Tartu_pedagoogiumi_aruanded, lk 11
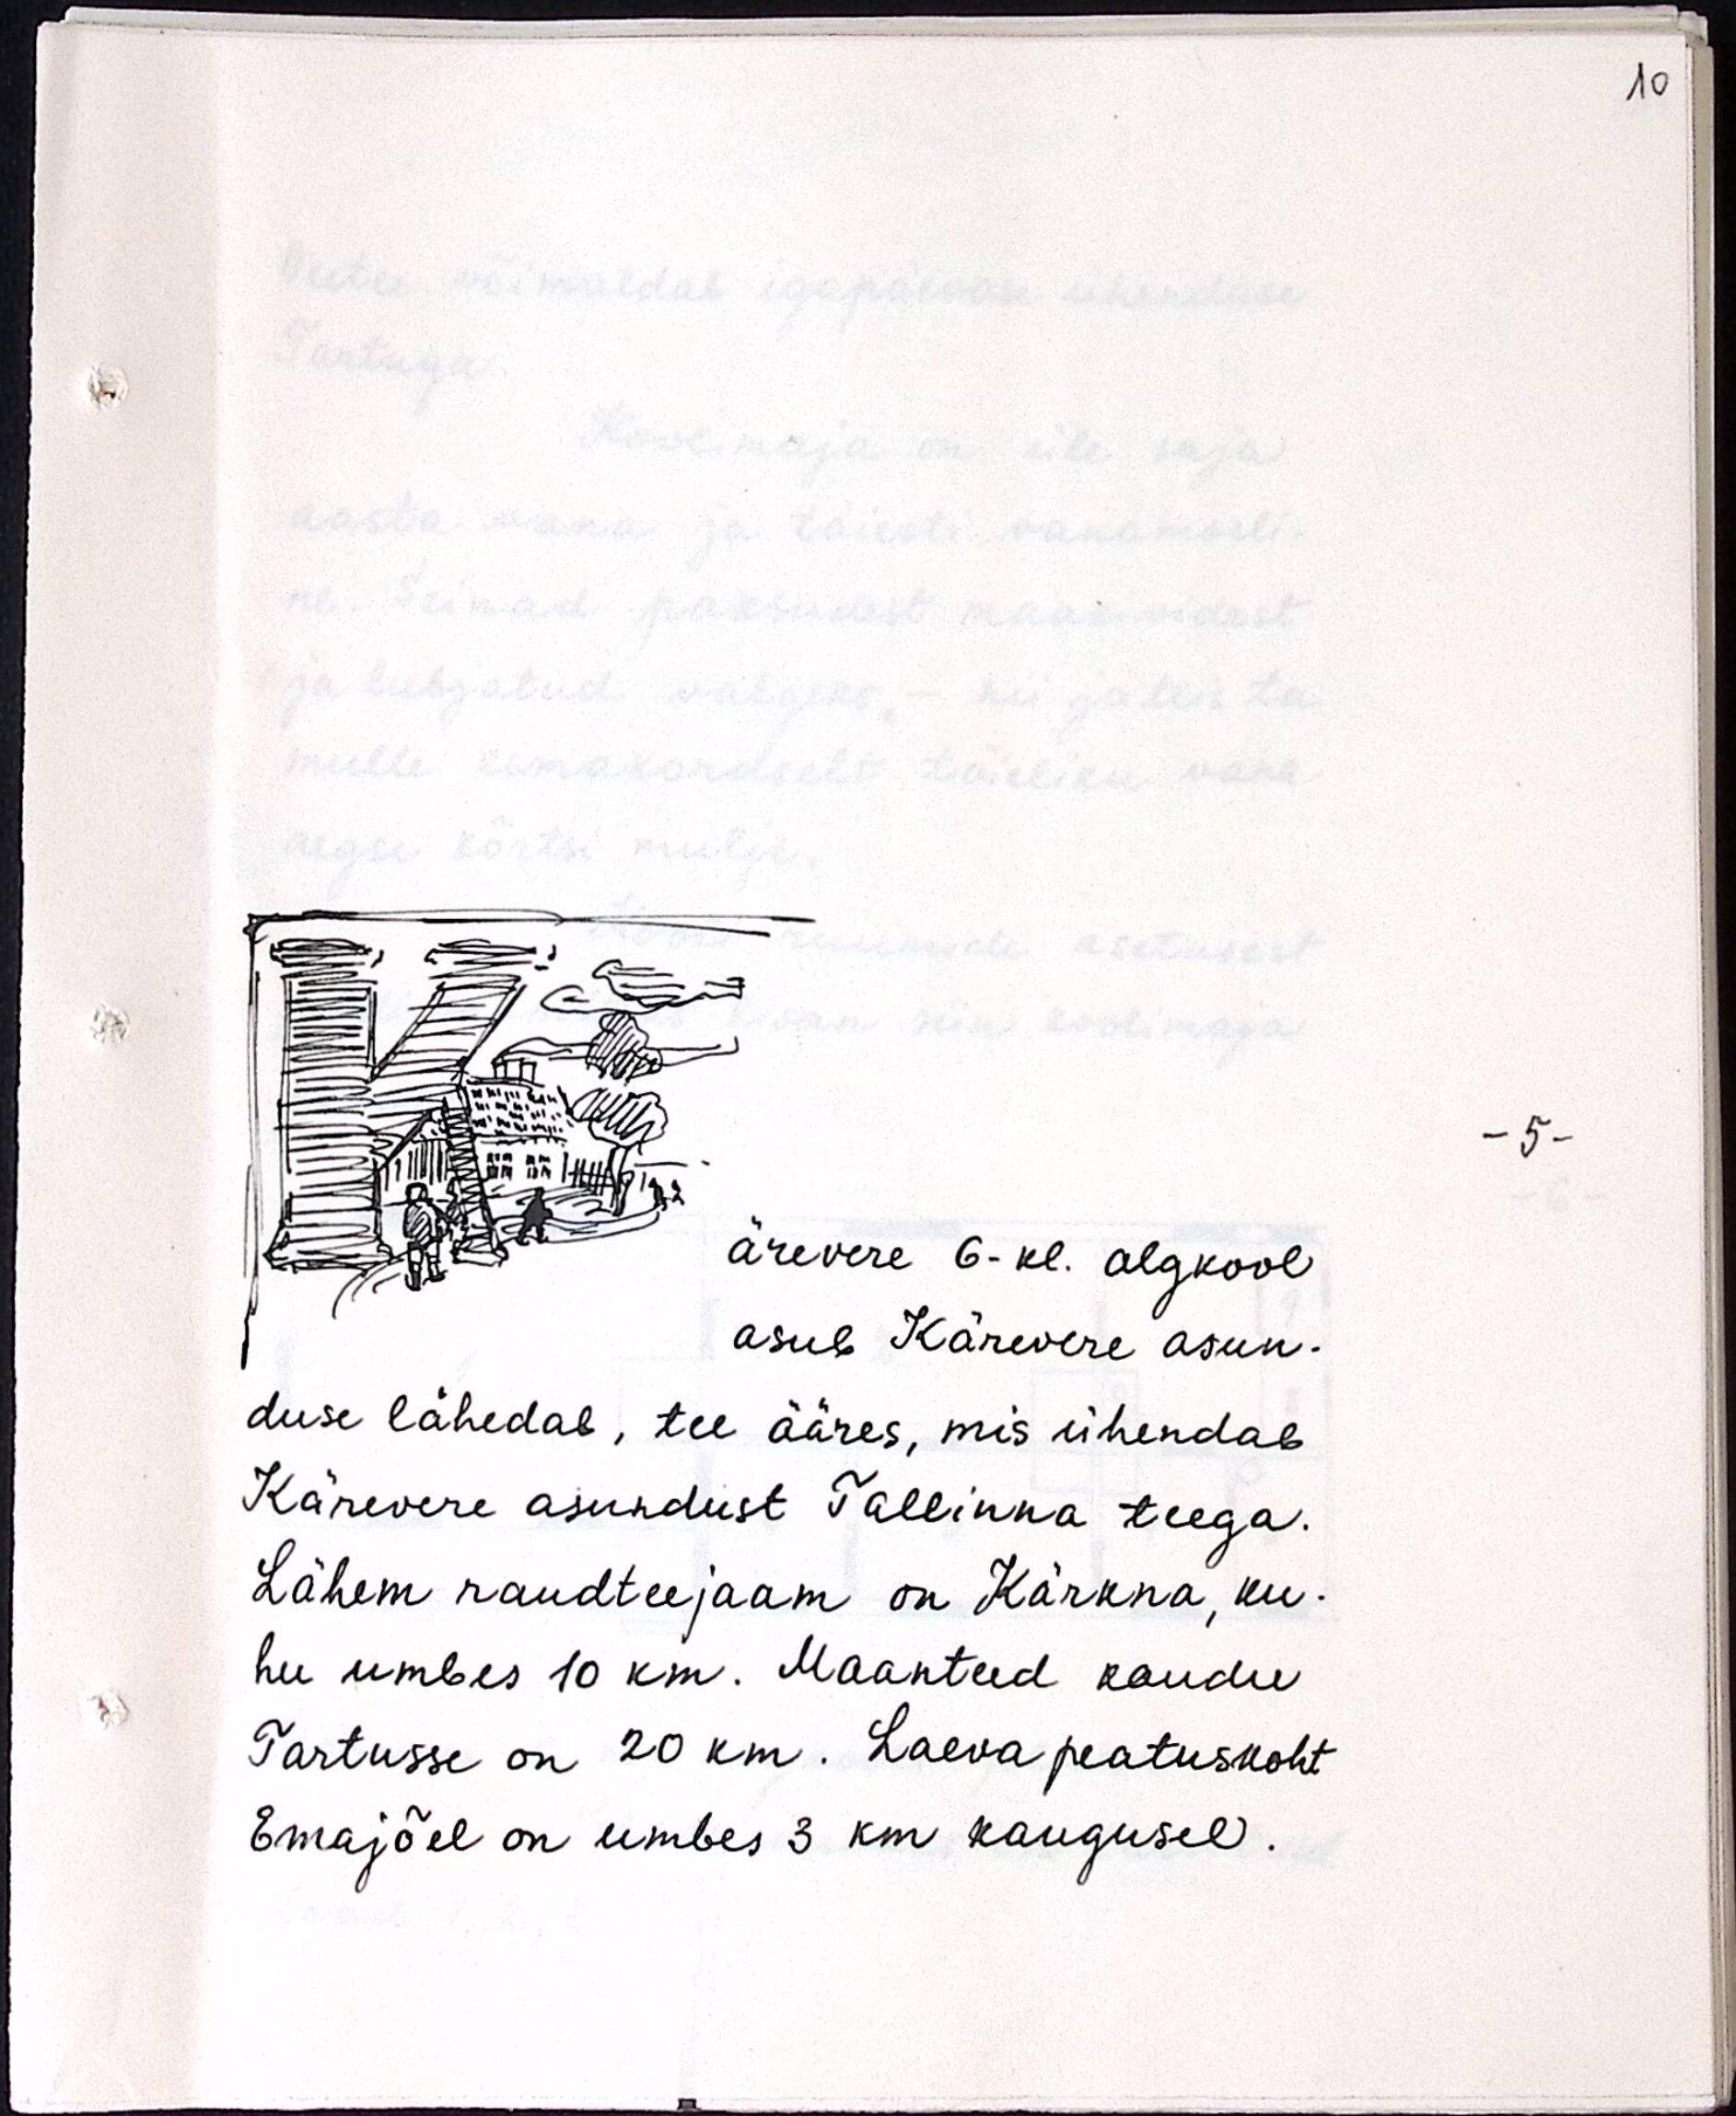
ärevere 6-kl. algkool
asub Kärevere asun-
duse lähedab, tee ääres, mis ühendab
Kärevere asundust Tallinna teega.
Lähem raudteejaam on Kärkna, ku-
hu umbes 10 km. Maanteed kaudu
Tartusse on 20 km. Laeva peatuskoht
Emajõel on umbes 3 km kaugusel.